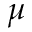
\mu